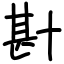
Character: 卙